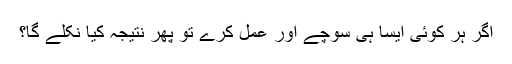
اگر ہر کوئی ایسا ہی سوچے اور عمل کرے تو پھر نتیجہ کیا نکلے گا؟